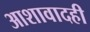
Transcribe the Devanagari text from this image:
आशावादही